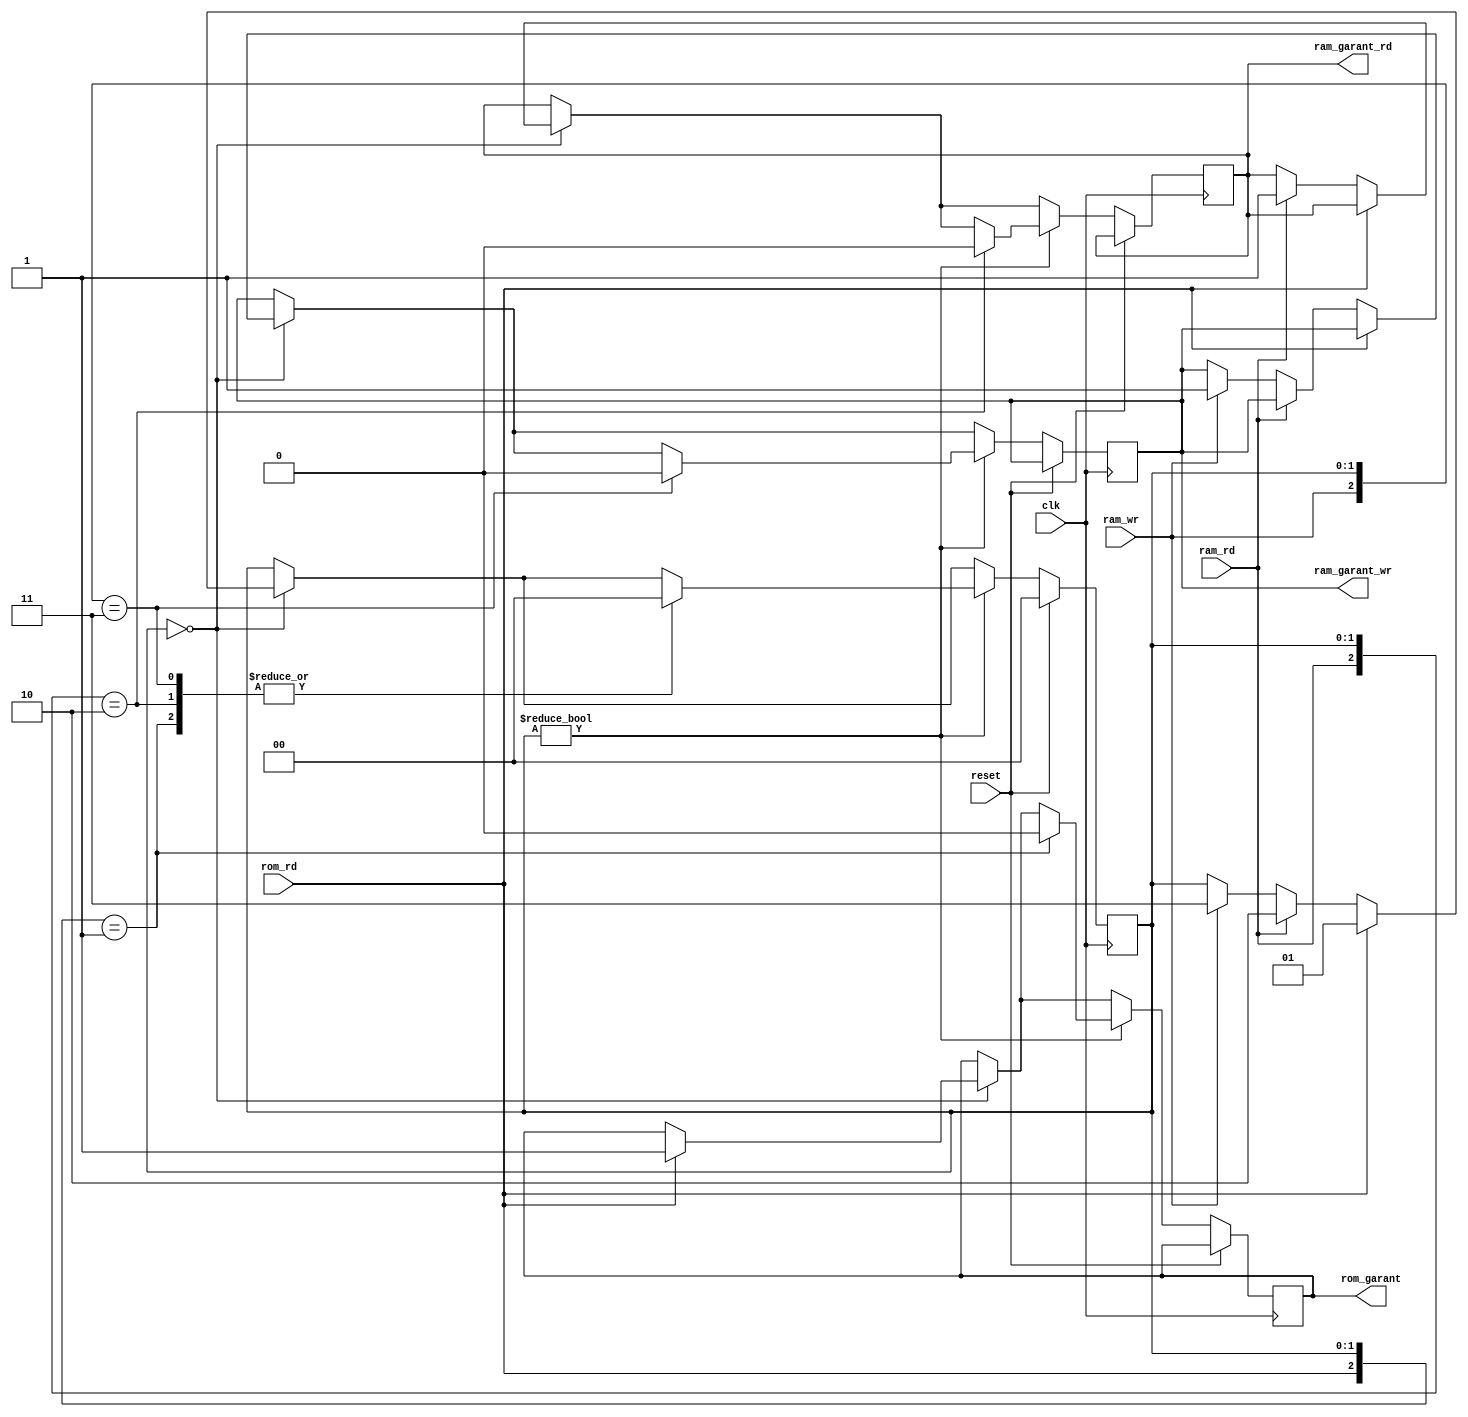
module mem_resolver (
    input clk, reset,

    input rom_rd, 
    input ram_rd,
    input ram_wr, 

    output reg rom_garant, 
    output reg ram_garant_rd, 
    output reg ram_garant_wr
);

    reg [1:0] busy_state; 
    initial begin 
        busy_state <= 0;
        rom_garant <=0;
        ram_garant_rd <=0;
        ram_garant_wr <=0;
    end

    /*For debug*/
    // always @(*) begin
    //     rom_garant <=rom_rd;
    //     ram_garant_rd <=ram_rd;
    //     ram_garant_wr <=ram_wr;
    // end

    always @(negedge clk) begin
        if(reset) begin
            busy_state <= 0;
        end else begin
            if(busy_state == 2'b00) begin
                casex ({rom_rd, ram_rd, ram_wr})
                3'b1xx: begin
                    busy_state <= 2'd1;
                    rom_garant <= 1; 
                end
                3'bx1x: begin
                    busy_state <= 2'd2;
                    ram_garant_rd <= 1;
                end
                3'bxx1: begin
                    busy_state <= 2'd3;
                    ram_garant_wr <= 1;
                end
            endcase
            end 
				if(busy_state != 2'b00) begin 
            casex ({rom_rd, ram_rd, ram_wr, busy_state})
                5'b0xx01: begin
                    rom_garant <= 0;
                    busy_state <= 2'b00;
                end
                5'bx0x10: begin
                    ram_garant_rd <= 0;
                    busy_state <= 2'b00;
                end
                5'bxx011: begin
                    ram_garant_wr <= 0;
                    busy_state <= 2'b00;
                end
            endcase
        end
        end
    end

endmodule